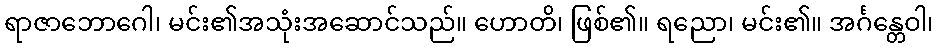
ရာဇာဘောဂေါ၊ မင်း၏အသုံးအဆောင်သည်။ ဟောတိ၊ ဖြစ်၏။ ရညော၊ မင်း၏။ အင်္ဂန္တေဝါ၊